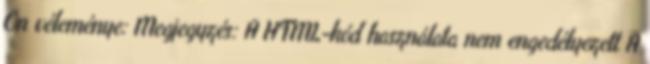
Ön véleménye: Megjegyzés: A HTML-kód használata nem engedélyezett A